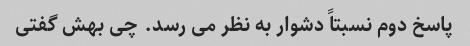
پاسخ دوم نسبتاً دشوار به نظر می رسد. چی بهش گفتی